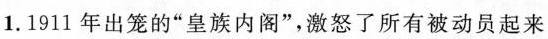
1.1911年出笼的”皇族内阁”，激怒了所有被动员起来